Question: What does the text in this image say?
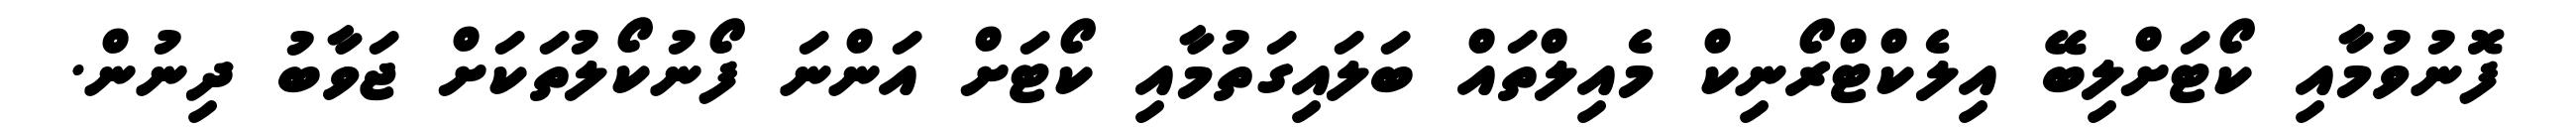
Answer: ފޮނުވުމާއި ކޯޓަށްލިބޭ އިލެކްޓްރޯނިކް މެއިލްތައް ބަލައިގަތުމާއި ކޯޓަށް އަންނަ ފޯނުކޯލުތަކަށް ޖަވާބު ދިނުން.